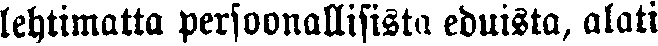
lehtimatta persoonallisista eduista, alati